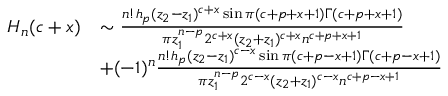
\begin{array} { r l } { H _ { n } ( c + x ) } & { \sim \frac { n ! h _ { p } ( z _ { 2 } - z _ { 1 } ) ^ { c + x } \sin \pi ( c + p + x + 1 ) \Gamma ( c + p + x + 1 ) } { \pi z _ { 1 } ^ { n - p } 2 ^ { c + x } ( z _ { 2 } + z _ { 1 } ) ^ { c + x } n ^ { c + p + x + 1 } } } \\ & { + ( - 1 ) ^ { n } \frac { n ! h _ { p } ( z _ { 2 } - z _ { 1 } ) ^ { c - x } \sin \pi ( c + p - x + 1 ) \Gamma ( c + p - x + 1 ) } { \pi z _ { 1 } ^ { n - p } 2 ^ { c - x } ( z _ { 2 } + z _ { 1 } ) ^ { c - x } n ^ { c + p - x + 1 } } } \end{array}